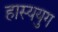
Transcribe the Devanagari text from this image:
हास्ययुग